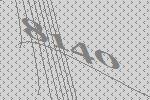
8140